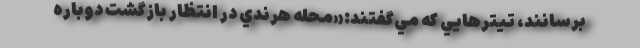
برسانند، تيترهايي كه مي‌گفتند:«محله هرندي در انتظار بازگشت دوباره